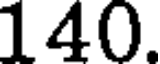
140.